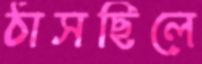
ঠাসছিলে